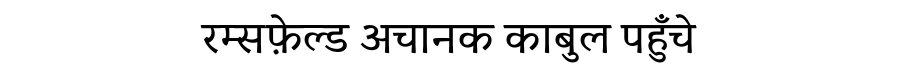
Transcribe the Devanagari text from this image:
रम्सफ़ेल्ड अचानक काबुल पहुँचे